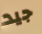
جيد